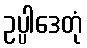
ဥပ္ပါဒေတုံ